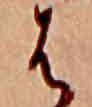
は